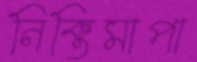
নিক্তিমাপা